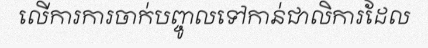
លើការការចាក់បញ្ចូលទៅកាន់ជាលិការដែល